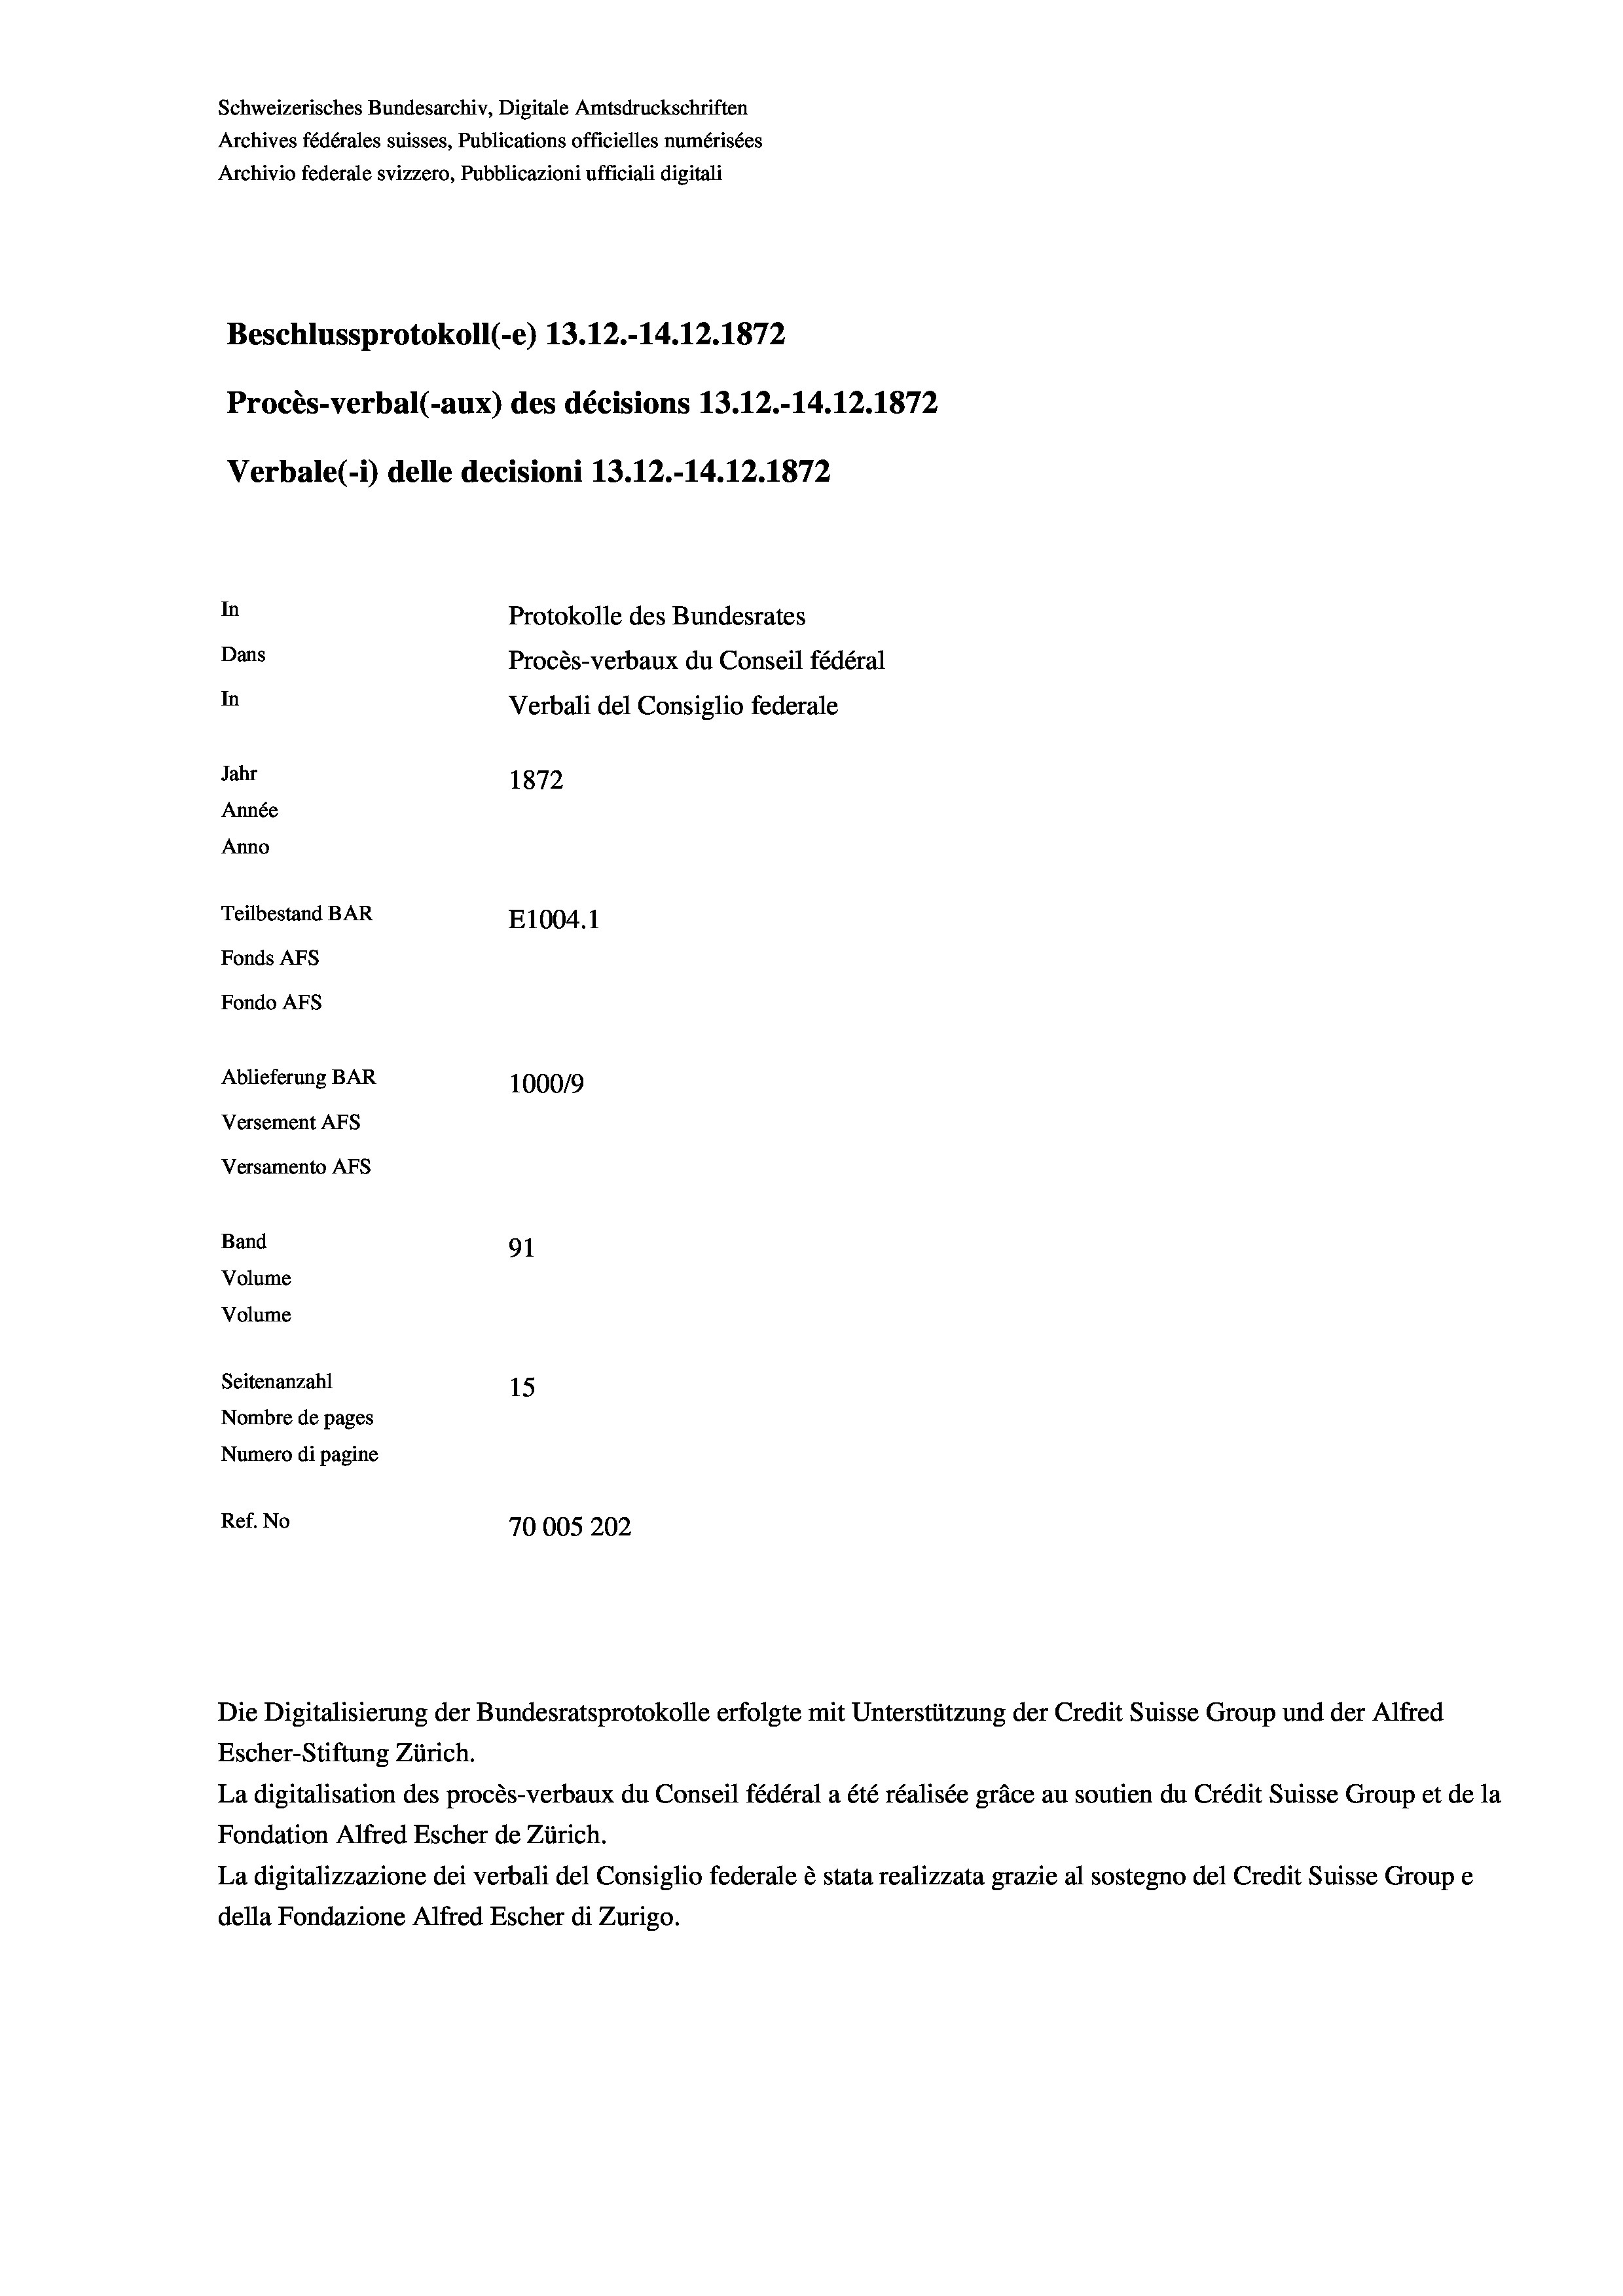
Schweizerisches Bundesarchiv, Digitale Amtsdruckschriften
Archives fédérales suisses, Publications officielles numérisées
Archivio federale svizzero, Pubblicazioni ufficiali digitali
Beschlussprotokoll (-e) 13.12.-14.12.1872
Procès-verbal (-aux) des décisions 13.12.-14.12.1872
Verbale(*) delle decisioni 13.12.-14. 12. 1872
In
Protokolle des Bundesrates
Dans
Procès-verbaux du Conseil fédéral
In
Verbali del Consiglio federale
Jahr
1872
Année
Anno
Teilbestand BAR
E1004. 1
Fonds Afs
Fondo AFS
Ablieferung BAR
100019
Versement Ans
Versamento Afs

Band
Volume
Volume

91
Seitenanzahl
15
Nombre de pages
Numero di pagine
Ref. No
70005202

Escher-Stiftung Zürich.
La digitalisation des procès-verbaux du Conseil fédéral a été réalisée gräce au soutien du Crédit Suisse Group et de la
Fondation Alfred Escher de Zürich.
La digitalizzazione dei verbali del Consiglio federale è stata realizzata grazie al sostegno del Credit Suisse Groupe
della Fondazione Alfred Escher di Zurigo.

Die Digitalisierung der Bundesratsprotokolle erfolgte mit Unterstützung der Credit Suisse Group und der Alfred